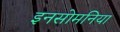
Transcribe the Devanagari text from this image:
इनसोमनिया